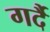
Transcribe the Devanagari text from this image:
गर्दै